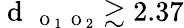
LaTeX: \mathrm{~d~}_{\mathrm{~\scriptsize~O~}_{1}\mathrm{~\scriptsize~O~}_{2}}\gtrsim 2.37